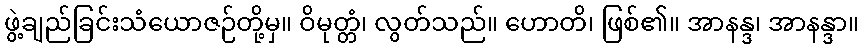
ဖွဲ့ချည်ခြင်းသံယောဇဉ်တို့မှ။ ဝိမုတ္တံ၊ လွတ်သည်။ ဟောတိ၊ ဖြစ်၏။ အာနန္ဒ၊ အာနန္ဒာ။